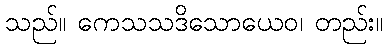
သည်။ ကေသသဒိသောယေဝ၊ တည်း။